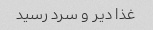
غذا دیر و سرد رسید